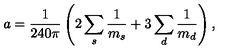
a = { \frac { 1 } { 2 4 0 \pi } } \left( 2 \sum _ { s } { \frac { 1 } { m _ { s } } } + 3 \sum _ { d } { \frac { 1 } { m _ { d } } } \right) ,